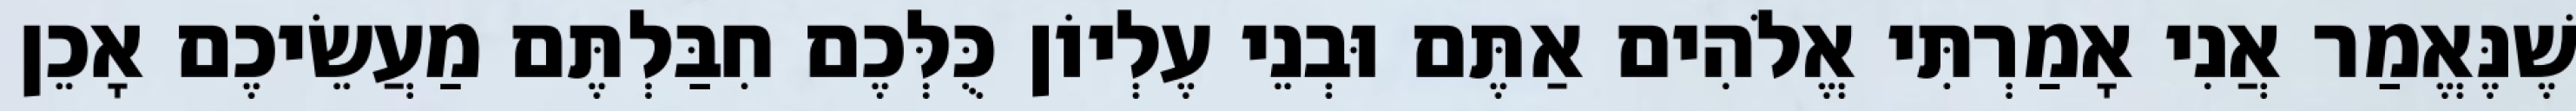
שֶׁנֶּאֱמַר אֲנִי אָמַרְתִּי אֱלֹהִים אַתֶּם וּבְנֵי עֶלְיוֹן כֻּלְּכֶם חִבַּלְתֶּם מַעֲשֵׂיכֶם אָכֵן